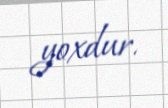
yoxdur.